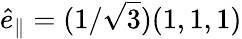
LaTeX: \hat{e}_{\parallel}=(1/\sqrt{3})(1,1,1)